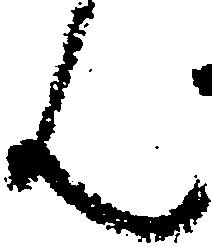
ん